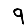
Digit: 9